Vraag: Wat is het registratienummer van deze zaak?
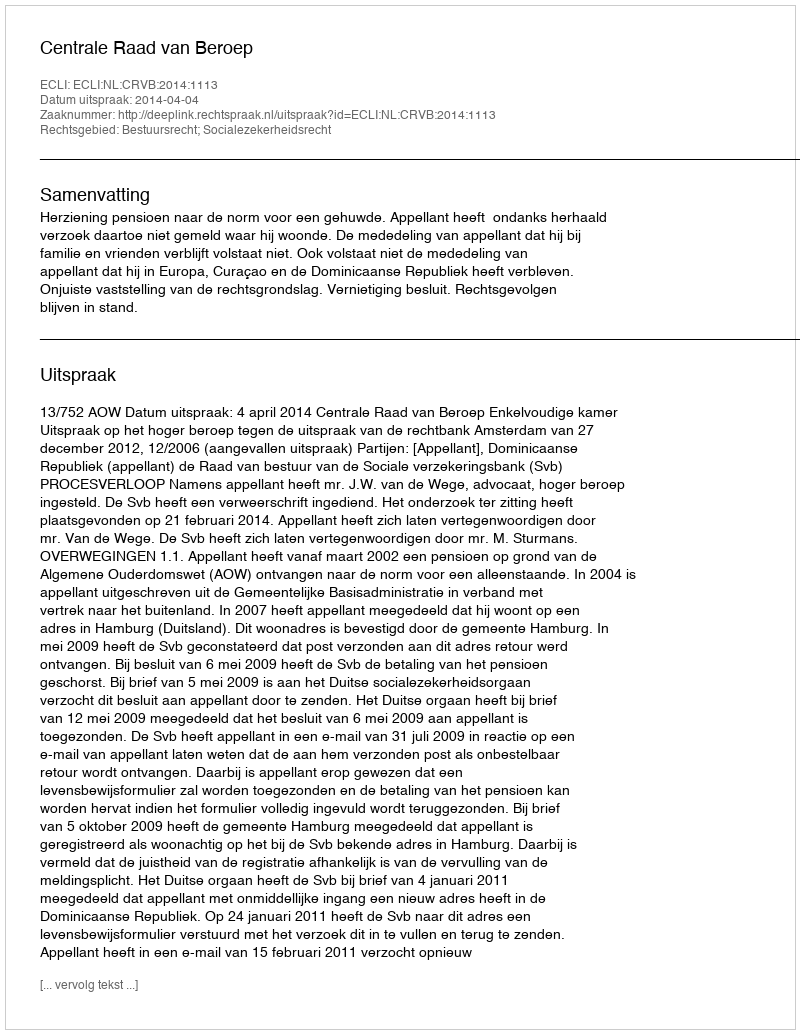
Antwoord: http://deeplink.rechtspraak.nl/uitspraak?id=ECLI:NL:CRVB:2014:1113